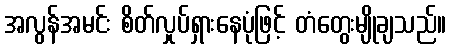
အလွန်အမင်း စိတ်လှုပ်ရှားနေပုံဖြင့် တံတွေးမျိုချသည်။